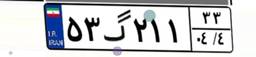
۲۷گ۴۳۳۰۹